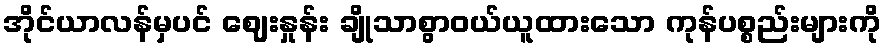
အိုင်ယာလန်မှပင် ဈေးနှုန်း ချိုသာစွာဝယ်ယူထားသော ကုန်ပစ္စည်းများကို